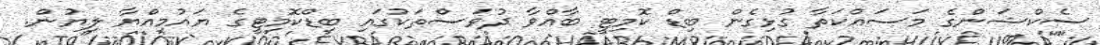
ސެކްޝަންގެ މަސައްކަތާ ގުޅިގެން ބިޑް ކޮމިޓީ ބާއްވާ ދުވަސްތަކުގައި ބިޑްކޮމިޓީގެ ޔައުމިއްޔާ ލިޔުން.